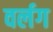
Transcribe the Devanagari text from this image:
वर्लग